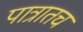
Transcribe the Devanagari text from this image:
पात्रातच